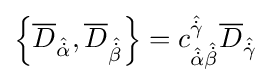
\left\{{\overline {D}}_{\hat {\dot {\alpha }}},{\overline {D}}_{\hat {\dot {\beta }}}\right\}=c_{{\hat {\dot {\alpha }}}{\hat {\dot {\beta }}}}^{\hat {\dot {\gamma }}}{\overline {D}}_{\hat {\dot {\gamma }}}